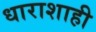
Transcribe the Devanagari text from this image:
धाराशाही